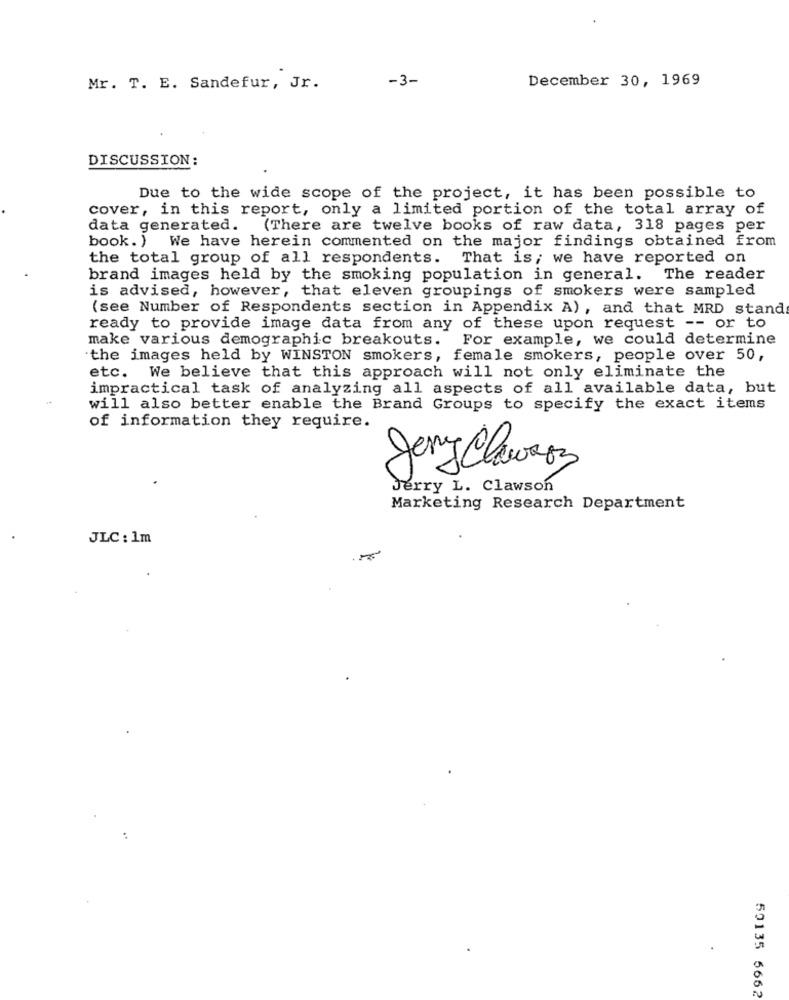
-3-
December 30, 1969
Mr. T. E. Sandefur, Jr.
DISCUSSION:
Due to the wide scope of the project, it has been possible to
cover, in this report, only a limited portion of the total array of
data generated. (There are twelve books of raw data, 318 pages per
book. )
We have herein commented on the major findings obtained from
the total group of all respondents. That is; we have reported on
brand images held by the smoking population in general. The reader
is advised, however, that eleven groupings of smokers were sampled
(see Number of Respondents section in Appendix A), and that MRD stand
ready to provide image data from any of these upon request -- or to
make various demographic breakouts. For example, we could determine
the images held by WINSTON smokers, female smokers, people over 50,
etc. We believe that this approach will not only eliminate the
impractical task of analyzing all aspects of all available data, but
will also better enable the Brand Groups to specify the exact items
of information they require.
Jany Clawry
Jerry L. Clawson
Marketing Research Department
JLC : 1m
50135 5662